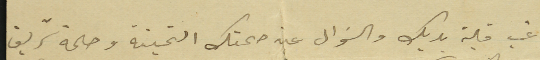
غب قبلة يديك والسَوال عن صحتك الثمينة وصحة شريف